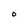
Character: O